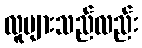
လူများသည်လည်း